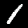
Label: 1